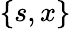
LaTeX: \{ s,x\}